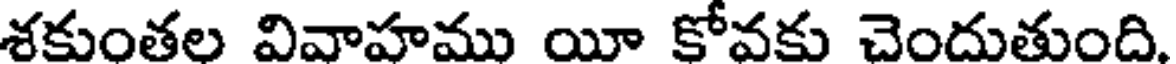
శకుంతల వివాహము యీ కోవకు చెందుతుంది.